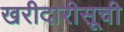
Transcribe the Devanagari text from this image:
खरीदारीसूची